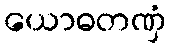
ယောဓတဏှံ